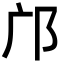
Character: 邝